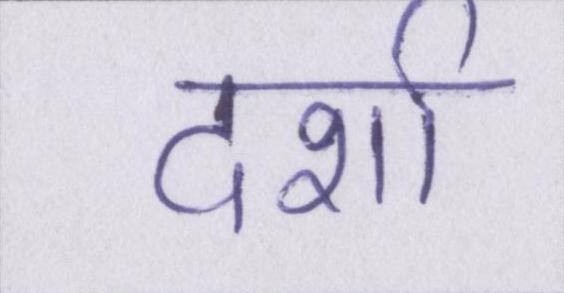
दर्शा